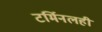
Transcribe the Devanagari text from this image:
टर्मिनलही